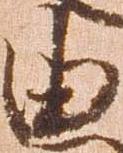
由